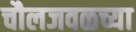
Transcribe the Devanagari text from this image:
चौलजवळच्या